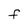
Character: F